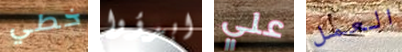
خطي ابدؤوا علي العمل